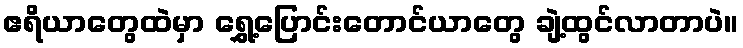
ဧရိယာတွေထဲမှာ ရွှေ့ပြောင်းတောင်ယာတွေ ချဲ့ထွင်လာတာပဲ။